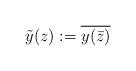
LaTeX: \begin{align*}\tilde{y}(z):=\overline{y(\bar{z})} \end{align*}